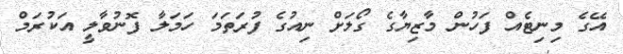
އޭގެ މިނިޓެއް ފަހުން މާޒިޔާގެ ގޯލަށް ނިއުގެ ފުރަތަމަ ހަމަލާ ފޮނުވާލީ އަކުރަމް